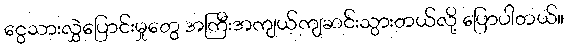
ငွေသားလွှဲပြောင်းမှုတွေ အကြီးအကျယ်ကျဆင်းသွားတယ်လို့ ပြောပါတယ်။